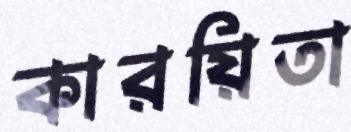
কারয়িতা